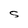
Character: S